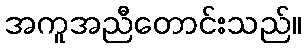
အကူအညီတောင်းသည်။